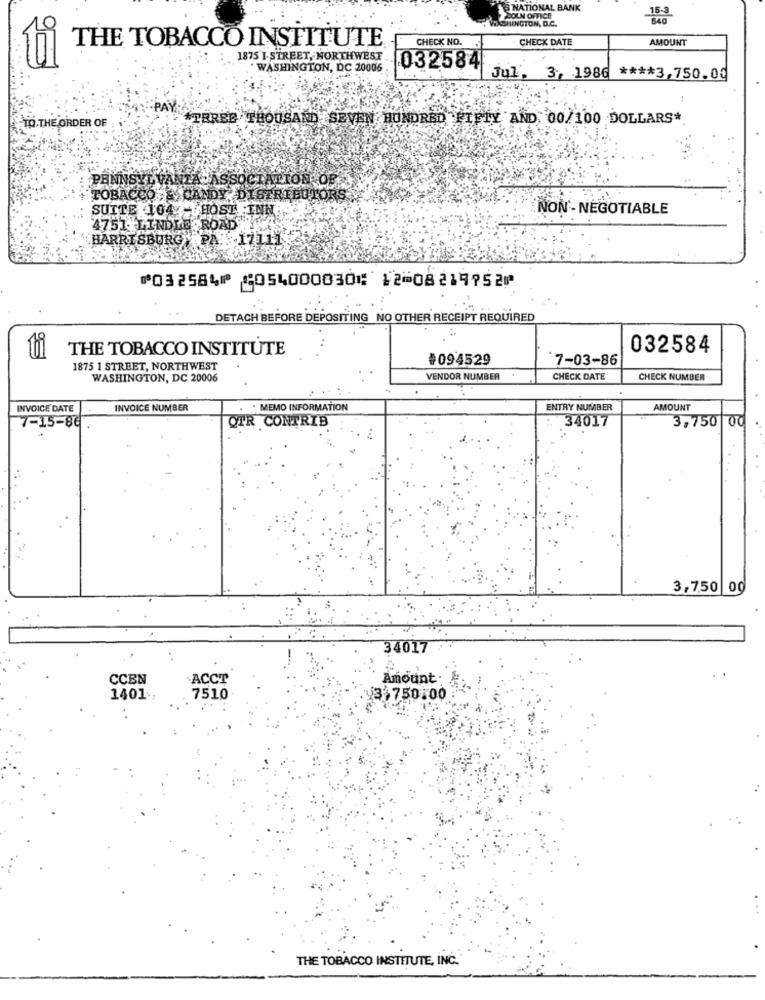
NATIONAL BANK
ASHINGTON, D.C.
POOLN OFFICE
THE TOBACCO INSTITUTE
CHECK NO.
CHECK DATE
AMOUNT
1875 I-STREET, NORTHWEST
032584
ti
. WASHINGTON, DC 20006
Jul, 3, 1986 **** 3,750.00
PAY:
*THREE THOUSAND SEVEN HUNDRED FIFTY AND, 00/100 DOLLARS*
FTO THE ORDER OF
PENNSYLVANIA -ASSOCIATION OF
TOBACCO & CANDY DISER
BUTOF
SUITE 104 - HOST INN
NON- NEGOTIABLE
4751 LINDLE ROAD
"HARRISBURG PA 17111
⑈032584⑈ ⑆054000030⑆ 12⑉08219752⑈
DETACH BEFORE DEPOSITING NO OTHER RECEIPT REQUIRED
THE TOBACCO INSTITUTE
032584
ti
#094529
7-03-86
1875 1 STREET, NORTHWEST
WASHINGTON, DC 20006
VENDOR NUMBER
CHECK DATE
CHECK NUMBER
INVOICE DATE
INVOICE NUMBER
MEMO INFORMATION
ENTRY NUMBER
AMOUNT
OTR CONTRIB
34017
7-15-86
3,750 00
3,750 00
34017
CCEN
ACCT
Amount.
1401.
7510
3 750.00
THE TOBACCO INSTITUTE, INC.